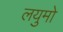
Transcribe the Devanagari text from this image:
लयुमो